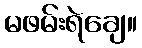
မဖမ်းရဲချေ။